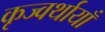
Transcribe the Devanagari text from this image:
कृज्वर्थायाँ